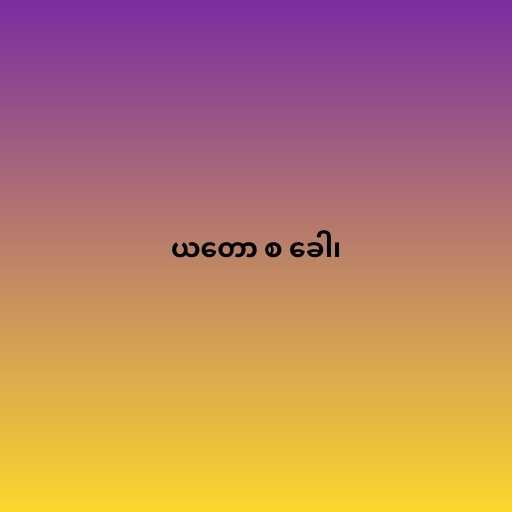
ယတော စ ခေါ၊